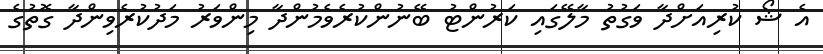
އެ ޝޯ ކުރިއަށްދާ ވަގުތު މާލޭގައި ކަރުންޓު ބޭނުންކުރެވެމުންދާ މިންވަރު މަދުކުރެވިންދާ ގޮތުގެ